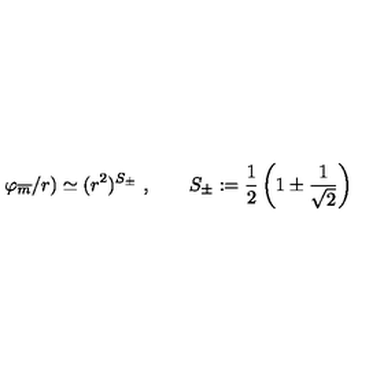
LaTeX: \varphi _ { \overline { { m } } } / r ) \simeq ( r ^ { 2 } ) ^ { S _ { \pm } } \ , \qquad S _ { \pm } : = \frac { 1 } { 2 } \left( 1 \pm \frac { 1 } { \sqrt { 2 } } \right)